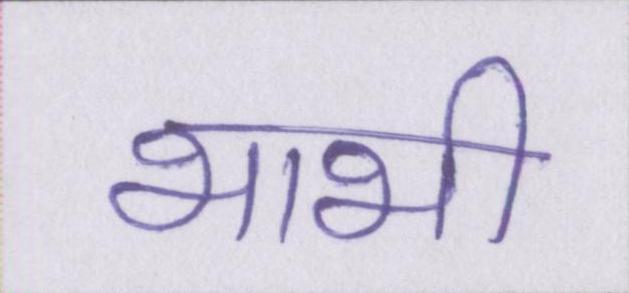
भाभी